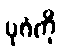
ပုဂံကို